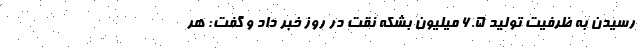
رسیدن به ظرفیت تولید ۶.۵ میلیون بشکه نقت در روز خبر داد و گفت: هر